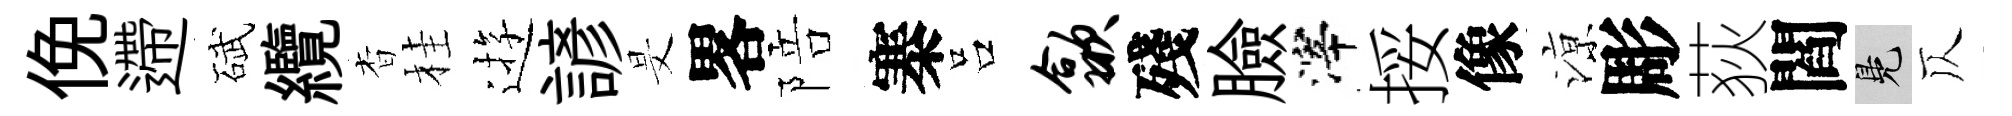
俛遰碔纜杳桂逰諺旻畧陪寨吕歙殘臉滓挼像鿌彫荻閻鳬仄